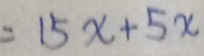
= 1 5 x + 5 x